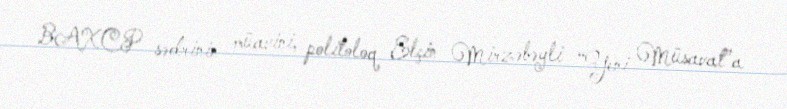
BAXCP sədrinin müavini, politoloq Elçin Mirzəbəyli “Yeni Müsavat”a